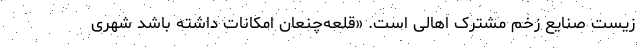
زیست صنایع زخم مشترک اهالی است. «قلعه‌چنعان امکانات داشته باشد شهری